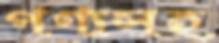
পণ্যসহ